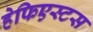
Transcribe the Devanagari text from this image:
हेफिएस्टस